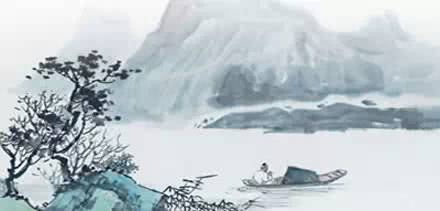
不知何处吹芦管，一夜征人尽望乡。